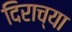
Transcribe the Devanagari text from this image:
दिराच्या